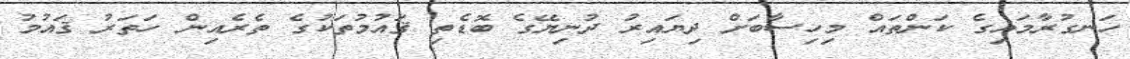
ހަނގުރާމައިގެ ކަންތައް މިހިސާބަށް ދިޔައިރު ދުނިޔޭގެ ބޮޑެތި ޤައުމުތަކުގެ ތެރެއިން ހަތަރު ޤައުމު